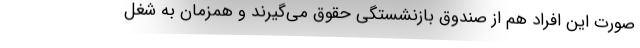
صورت این افراد هم از صندوق بازنشستگی حقوق می‌گیرند و همزمان به شغل